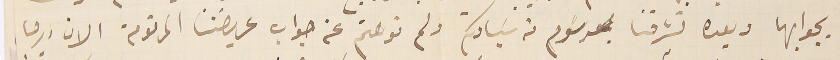
بجوابها وبعده تشرفنا بمرسَوم من سَيادتكم ولم نوهتم عن جواب عريضتنا المرقومة الان يرجا